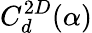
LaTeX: C_{d}^{2D}(\alpha)